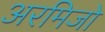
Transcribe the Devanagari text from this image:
अरमिजो